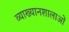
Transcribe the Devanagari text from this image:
व्याख्यानशालाओं